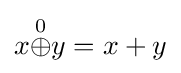
x{\stackrel {0}{\oplus }}y=x+y